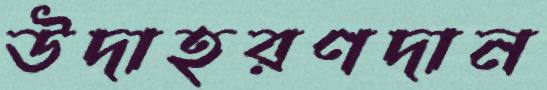
উদাহরণদান